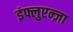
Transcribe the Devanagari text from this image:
इंफ्लुएन्ज़ा